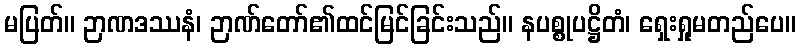
မပြတ်။ ဉာဏဒဿနံ၊ ဉာဏ်တော်၏ထင်မြင်ခြင်းသည်။ နပစ္စုပဋ္ဌိတံ၊ ရှေးရှုမတည်ပေ။